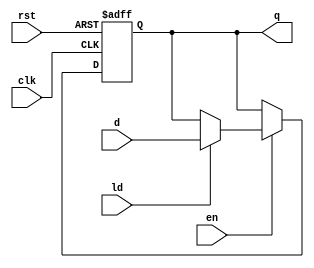
`timescale 1ns / 1ps

module rpp4(
    input en, clk, rst, ld,
    input [7:0] d,
    output reg [7:0] q
    );
    
    always @ (posedge clk, posedge rst)
       if (rst)
           q<=8'b0;
           else if (en)
                   if (ld)
                      q<=d;
endmodule